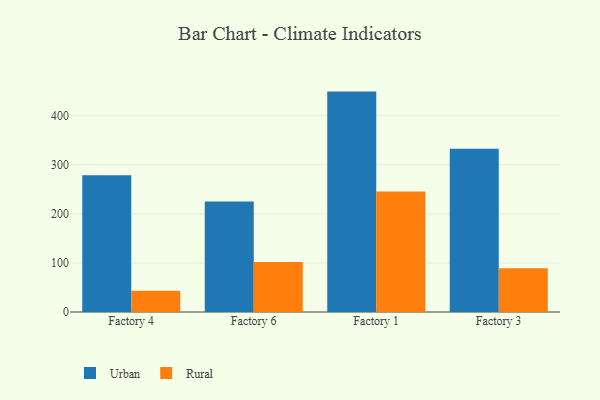
{"axis": {"x": "Factory", "y": "Tickets Resolved"}, "legend": ["Rural", "Urban"], "data": [{"x": "Factory 4", "y": 278.5, "type": "Urban"}, {"x": "Factory 4", "y": 43.3, "type": "Rural"}, {"x": "Factory 6", "y": 225.2, "type": "Urban"}, {"x": "Factory 6", "y": 101.9, "type": "Rural"}, {"x": "Factory 1", "y": 449.2, "type": "Urban"}, {"x": "Factory 1", "y": 245.7, "type": "Rural"}, {"x": "Factory 3", "y": 332.6, "type": "Urban"}, {"x": "Factory 3", "y": 89.1, "type": "Rural"}]}